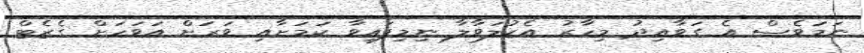
ނަމަވެސް އެ ގަވާއިދު މިހާރު އެކުލަވާލާ ނިމިފައިވާ ކަމަށާއި ވަރަށް އަވަހަށް ގެޒެޓް